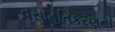
વસાહતિકરણના